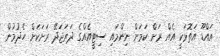
އައްޑޫ އަތޮޅަކީ އެއް ރަށް ކަމަށް ނިންމައި ސިޓީއެއްގެ ދަރަޖަދޭ ރަށަކަށް ހެދުމުން